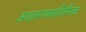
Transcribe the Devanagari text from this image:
आहाराव्यतिरिक्त